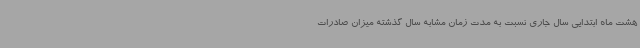
هشت ماه ابتدایی سال جاری نسبت به مدت زمان مشابه سال گذشته میزان صادرات